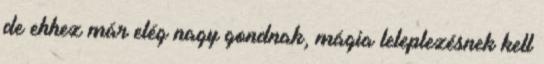
de ehhez már elég nagy gondnak, mágia leleplezésnek kell